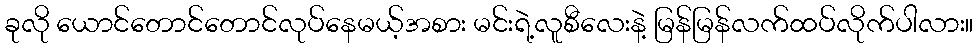
ခုလို ယောင်တောင်တောင်လုပ်နေမယ့်အစား မင်းရဲ့လူစီလေးနဲ့ မြန်မြန်လက်ထပ်လိုက်ပါလား။